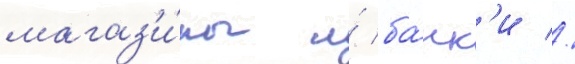
магаз'и́ны и́ ба́нк'и //